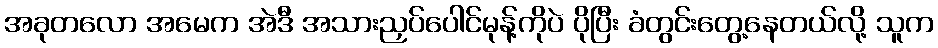
အခုတလော အမေက အဲဒီ အသားညှပ်ပေါင်မုန့်ကိုပဲ ပိုပြီး ခံတွင်းတွေ့နေတယ်လို့ သူက